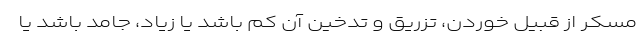
مسکر از قبیل خوردن، تزریق و تدخین آن کم باشد یا زیاد، جامد باشد یا